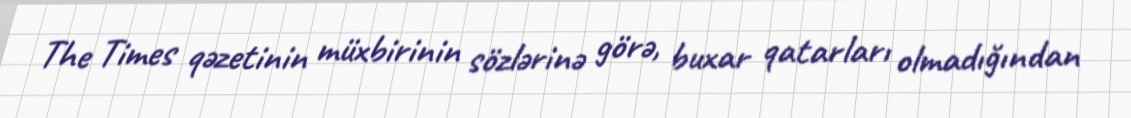
The Times qəzetinin müxbirinin sözlərinə görə, buxar qatarları olmadığından